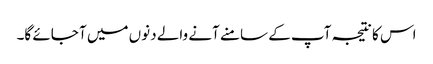
اس کا نتیجہ آپ کے سامنے آنے والے دنوں میں آ جائے گا۔